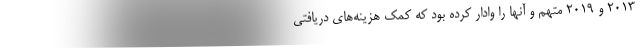
۲۰۱۳ و ۲۰۱۹ متهم و آنها را وادار کرده بود که کمک هزینه‌های دریافتی